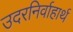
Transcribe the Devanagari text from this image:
उदरनिर्वाहार्थ